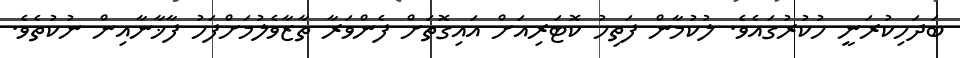
ބަދަހިކުރަނީ ހުކުރުގައެވެ. ލުކުމާން ފަތިހު ކޮޓަރިއަށް އައިގޮތަށް ފެންވަރާ ތާޒާވެލުމަށްފަހު ފާޚާނާއިން ނުކުތެވެ.